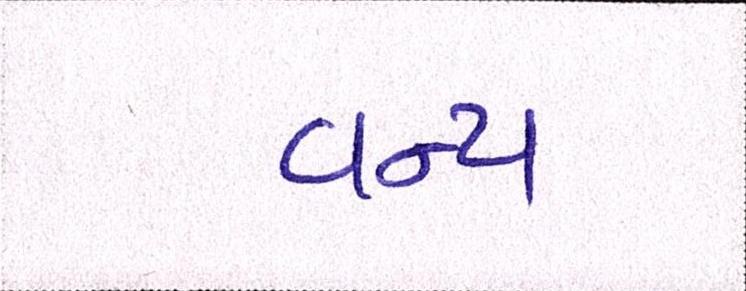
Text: વન્ય